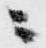
ニ